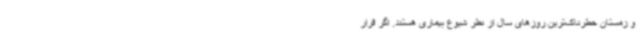
و زمستان خطرناک‌ترین روزهای سال از نظر شیوع بیماری هستند. اگر قرار